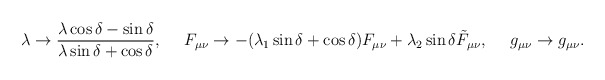
\begin{align*}\lambda\to {{\lambda\cos\delta-\sin\delta}\over{\lambda\sin\delta+\cos\delta}},\ \ \ \ F_{\mu\nu}\to -(\lambda_1\sin\delta+\cos\delta)F_{\mu\nu}+\lambda_2\sin\delta\tilde{F}_{\mu\nu},\ \ \ \ g_{\mu\nu}\to g_{\mu\nu}.\end{align*}